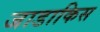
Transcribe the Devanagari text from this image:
जाडाकिस